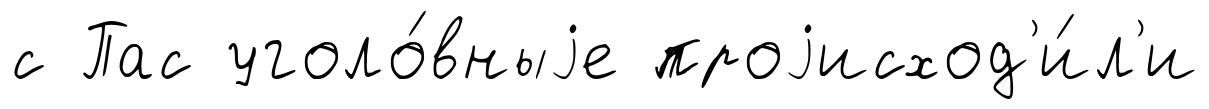
с Пас уголо́вныjе проjисход'и́л'и